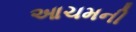
આચમની